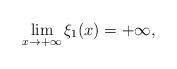
LaTeX: \begin{align*}\lim_{x\to+\infty}\xi_1(x)=+\infty,\end{align*}